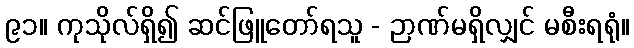
၉၁။ ကုသိုလ်ရှိ၍ ဆင်ဖြူတော်ရသူ - ဉာဏ်မရှိလျှင် မစီးရရုံ။